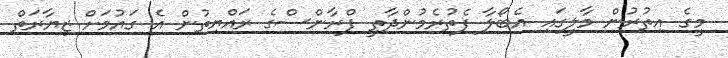
މީގެ އިތުރުން މާލީގައި އެބޯލާ ފެތުރެމުންދާތީ ފްރާންސްގެ ރައްޔިތުން އެ ގައުމަށް ޒިޔާރަތް